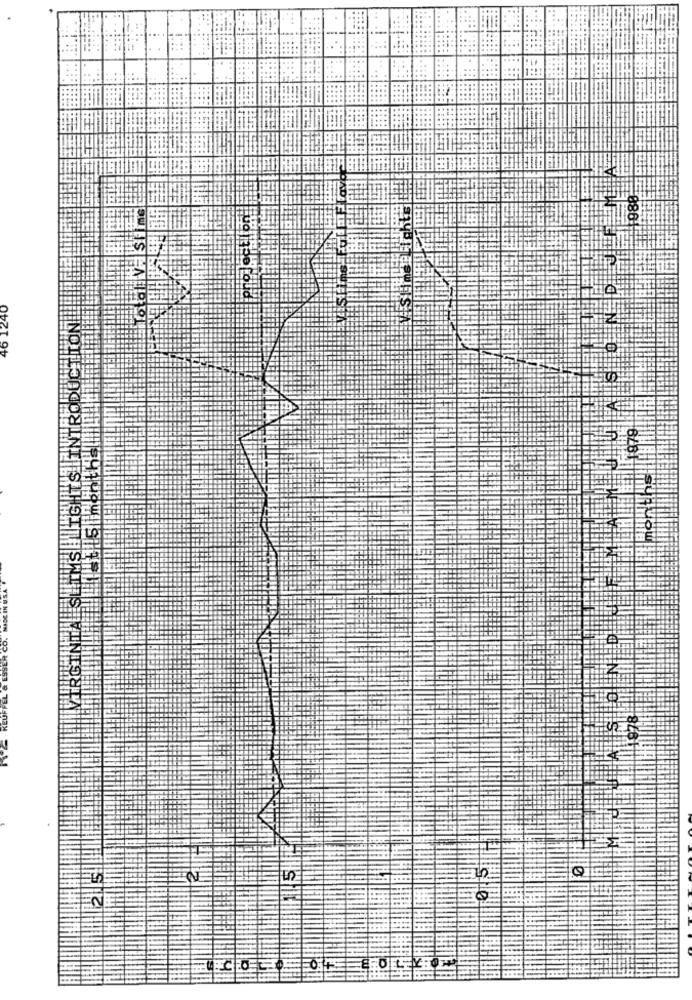
886
1240
18281
the imen
HS
CO.
KEUF
ST